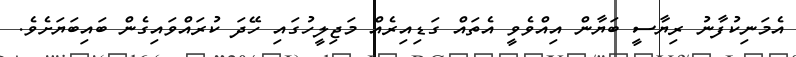
އެމަނިކުފާނު ރިޔާސީ ބަޔާން އިއްވެވީ އެތައް ގަޑިއިރެއް މަޖިލީހުގައި ހޭދަ ކުރައްވައިގެން ބައިބަޔަށެވެ.